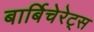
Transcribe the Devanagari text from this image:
बार्बिचेरेट्स